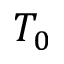
T _ { 0 }